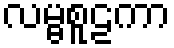
လမ္ဗစူဠကာ